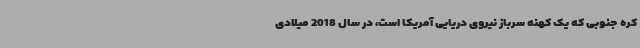
کره جنوبی که یک کهنه سرباز نیروی دریایی آمریکا است، در سال 2018 میلادی